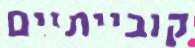
קובייתיים